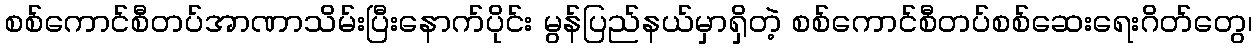
စစ်ကောင်စီတပ်အာဏာသိမ်းပြီးနောက်ပိုင်း မွန်ပြည်နယ်မှာရှိတဲ့ စစ်ကောင်စီတပ်စစ်ဆေးရေးဂိတ်တွေ၊